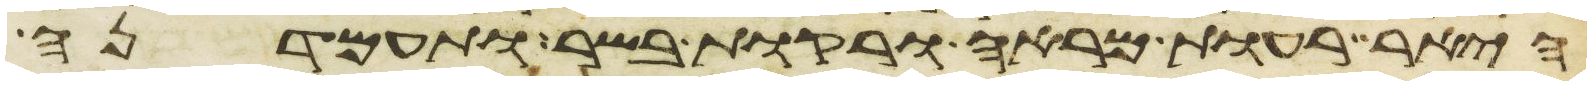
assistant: היאר רעות מראה ורקות בשר ותעמדנה